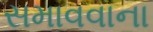
સમાવવાના